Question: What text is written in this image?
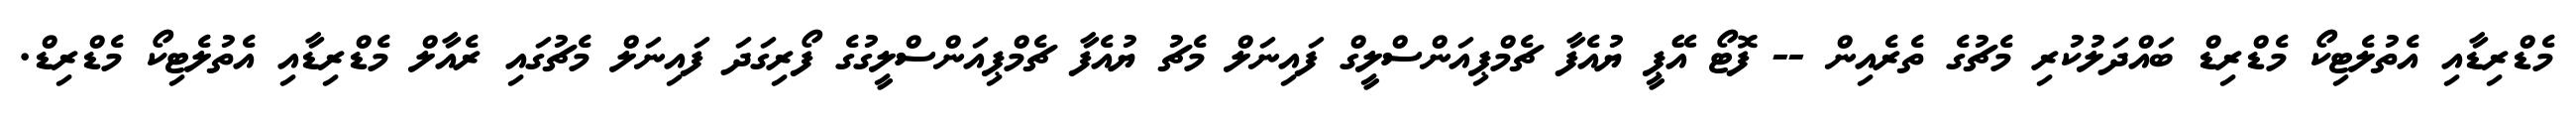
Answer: މެޑްރިޑާއި އެތުލެޓިކޯ މެޑްރިޑް ބައްދަލުކުރި މެޗުގެ ތެރެއިން -- ފޮޓޯ އޭޕީ ޔުއެފާ ޗެމްޕިއަންސްލީގް ފައިނަލް މެޗު ޔުއެފާ ޗެމްޕިއަންސްލީގުގެ ފޯރިގަދަ ފައިނަލް މެޗުގައި ރެއާލް މެޑްރިޑާއި އެތުލެޓިކޯ މެޑްރިޑް.